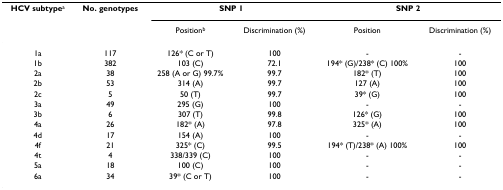
<table><thead><tr><td><b>HCV subtype<sup>a</sup></b></td><td><b>No. genotypes</b></td><td colspan="2"><b>SNP 1</b></td><td colspan="2"><b>SNP 2</b></td></tr><tr><td></td><td></td><td><b>Position<sup>b</sup></b></td><td><b>Discrimination (%)</b></td><td><b>Position</b></td><td><b>Discrimination (%)</b></td></tr></thead><tbody><tr><td>1a</td><td>117</td><td>126* (C or T)</td><td>100</td><td>-</td><td>-</td></tr><tr><td>1b</td><td>382</td><td>103 (C)</td><td>72.1</td><td>194* (G)/238* (C) 100%</td><td>100</td></tr><tr><td>2a</td><td>38</td><td>258 (A or G) 99.7%</td><td>99.7</td><td>182* (T)</td><td>100</td></tr><tr><td>2b</td><td>53</td><td>314 (A)</td><td>99.7</td><td>127 (A)</td><td>100</td></tr><tr><td>2c</td><td>5</td><td>50 (T)</td><td>99.7</td><td>39* (G)</td><td>100</td></tr><tr><td>3a</td><td>49</td><td>295 (G)</td><td>100</td><td>-</td><td>-</td></tr><tr><td>3b</td><td>6</td><td>307 (T)</td><td>99.8</td><td>126* (G)</td><td>100</td></tr><tr><td>4a</td><td>26</td><td>182* (A)</td><td>97.8</td><td>325* (A)</td><td>100</td></tr><tr><td>4d</td><td>17</td><td>154 (A)</td><td>100</td><td>-</td><td>-</td></tr><tr><td>4f</td><td>21</td><td>325* (C)</td><td>99.5</td><td>194* (T)/238* (A) 100%</td><td>100</td></tr><tr><td>4t</td><td>4</td><td>338/339 (C)</td><td>100</td><td>-</td><td>-</td></tr><tr><td>5a</td><td>18</td><td>100 (C)</td><td>100</td><td>-</td><td>-</td></tr><tr><td>6a</td><td>34</td><td>39* (C or T)</td><td>100</td><td>-</td><td>-</td></tr></tbody></table>